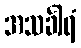
အသင်္ခါရံ